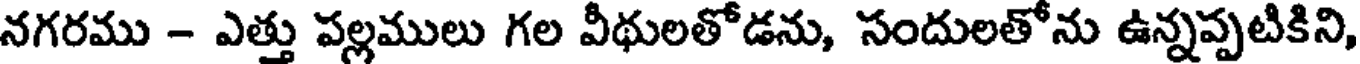
నగరము - ఎత్తు పల్లములు గల వీథులతోడను, సందులతోను ఉన్నప్పటికిని,